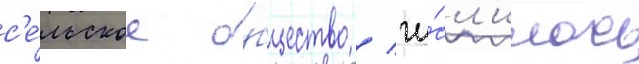
с'е́льское о́бщество / чи́сл'илось